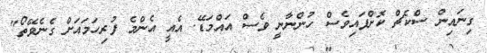
ގިނައިން ސްކެޗް ކޮށްފައިވެސް ހުންނާނީ ވެސް އައްމަޑޭ. އެއީ އެންމެ ފުރިހަމައަށް ގެނެވޭތޯ"